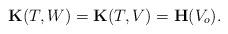
LaTeX: \begin{align*}\mathbf{K}(T,W)=\mathbf{K}(T,V)=\mathbf{H}(V_o).\end{align*}